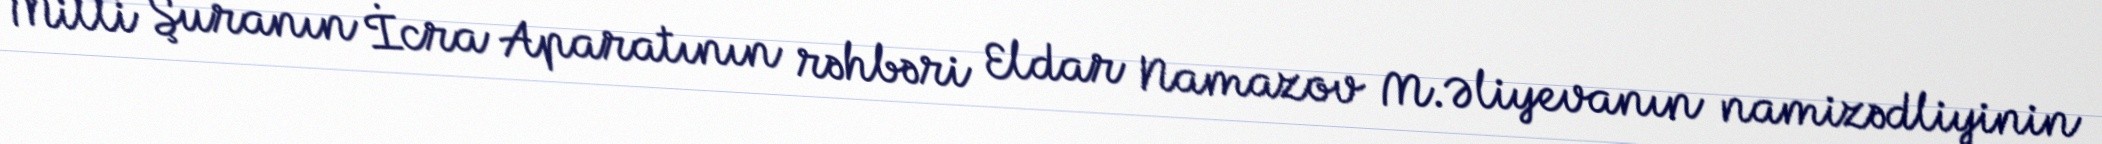
Milli Şuranın İcra Aparatının rəhbəri Eldar Namazov M.Əliyevanın namizədliyinin